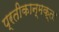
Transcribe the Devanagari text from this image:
प्रतीकान्मक्ता